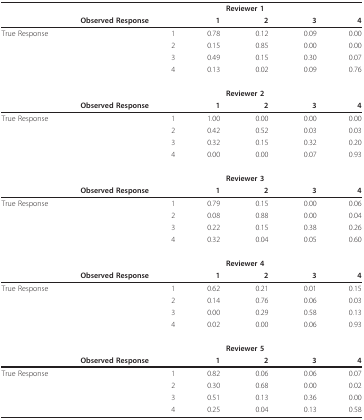
<table><thead><tr><td></td><td></td><td></td><td colspan="2"><b>Reviewer 1</b></td><td></td></tr><tr><td></td><td><b>Observed Response</b></td><td><b>1</b></td><td><b>2</b></td><td><b>3</b></td><td><b>4</b></td></tr></thead><tbody><tr><td>True Response</td><td>1</td><td>0.78</td><td>0.12</td><td>0.09</td><td>0.00</td></tr><tr><td></td><td>2</td><td>0.15</td><td>0.85</td><td>0.00</td><td>0.00</td></tr><tr><td></td><td>3</td><td>0.49</td><td>0.15</td><td>0.30</td><td>0.07</td></tr><tr><td></td><td>4</td><td>0.13</td><td>0.02</td><td>0.09</td><td>0.76</td></tr><tr><td></td><td></td><td></td><td colspan="2"><b>Reviewer 2</b></td><td></td></tr><tr><td></td><td><b>Observed Response</b></td><td><b>1</b></td><td><b>2</b></td><td><b>3</b></td><td><b>4</b></td></tr><tr><td>True Response</td><td>1</td><td>1.00</td><td>0.00</td><td>0.00</td><td>0.00</td></tr><tr><td></td><td>2</td><td>0.42</td><td>0.52</td><td>0.03</td><td>0.03</td></tr><tr><td></td><td>3</td><td>0.32</td><td>0.15</td><td>0.32</td><td>0.20</td></tr><tr><td></td><td>4</td><td>0.00</td><td>0.00</td><td>0.07</td><td>0.93</td></tr><tr><td></td><td></td><td></td><td colspan="2"><b>Reviewer 3</b></td><td></td></tr><tr><td></td><td><b>Observed Response</b></td><td><b>1</b></td><td><b>2</b></td><td><b>3</b></td><td><b>4</b></td></tr><tr><td>True Response</td><td>1</td><td>0.79</td><td>0.15</td><td>0.00</td><td>0.06</td></tr><tr><td></td><td>2</td><td>0.08</td><td>0.88</td><td>0.00</td><td>0.04</td></tr><tr><td></td><td>3</td><td>0.22</td><td>0.15</td><td>0.38</td><td>0.26</td></tr><tr><td></td><td>4</td><td>0.32</td><td>0.04</td><td>0.05</td><td>0.60</td></tr><tr><td></td><td></td><td></td><td colspan="2"><b>Reviewer 4</b></td><td></td></tr><tr><td></td><td><b>Observed Response</b></td><td><b>1</b></td><td><b>2</b></td><td><b>3</b></td><td><b>4</b></td></tr><tr><td>True Response</td><td>1</td><td>0.62</td><td>0.21</td><td>0.01</td><td>0.15</td></tr><tr><td></td><td>2</td><td>0.14</td><td>0.76</td><td>0.06</td><td>0.03</td></tr><tr><td></td><td>3</td><td>0.00</td><td>0.29</td><td>0.58</td><td>0.13</td></tr><tr><td></td><td>4</td><td>0.02</td><td>0.00</td><td>0.06</td><td>0.93</td></tr><tr><td></td><td></td><td></td><td colspan="2"><b>Reviewer 5</b></td><td></td></tr><tr><td></td><td><b>Observed Response</b></td><td><b>1</b></td><td><b>2</b></td><td><b>3</b></td><td><b>4</b></td></tr><tr><td>True Response</td><td>1</td><td>0.82</td><td>0.06</td><td>0.06</td><td>0.07</td></tr><tr><td></td><td>2</td><td>0.30</td><td>0.68</td><td>0.00</td><td>0.02</td></tr><tr><td></td><td>3</td><td>0.51</td><td>0.13</td><td>0.36</td><td>0.00</td></tr><tr><td></td><td>4</td><td>0.25</td><td>0.04</td><td>0.13</td><td>0.58</td></tr></tbody></table>